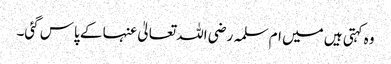
وہ کہتی ہیں میں ام سلمہ رضی اللہ تعالیٰ عنہا کے پاس گئی۔